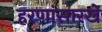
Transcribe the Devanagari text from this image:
हरणांसारखे